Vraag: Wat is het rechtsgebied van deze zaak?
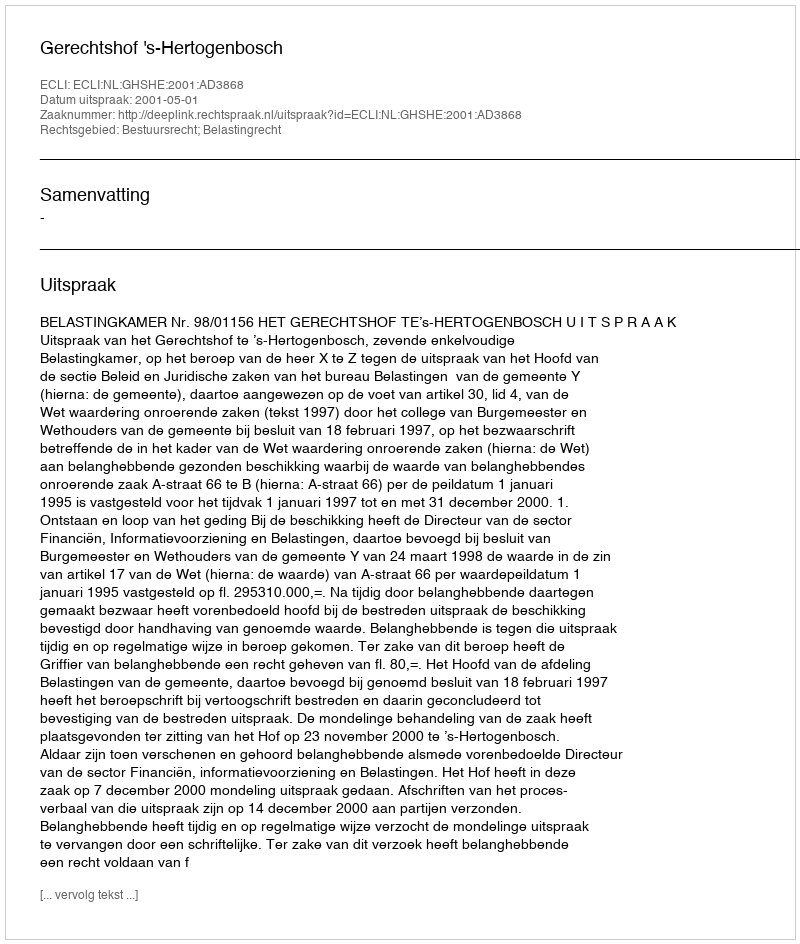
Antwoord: Bestuursrecht; Belastingrecht